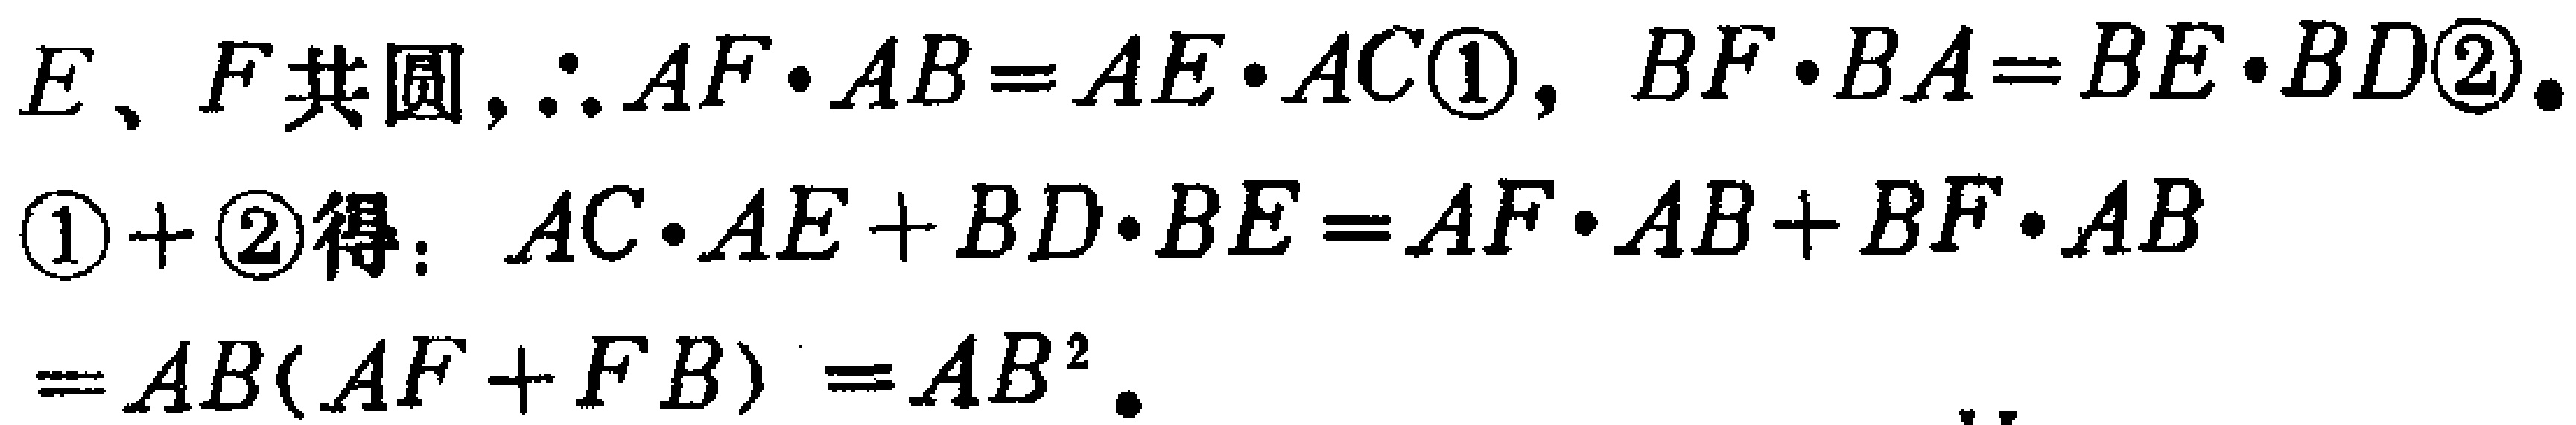
$E、F共圆,\therefore AF\cdot AB = AE\cdot AC\textcircled{1},\ BF\cdot BA = BE\cdot BD\textcircled{2}.$

$\textcircled{1}+\textcircled{2}得：AC\cdot AE + BD\cdot BE = AF\cdot AB + BF\cdot AB$

$= AB(AF + FB)=AB^{2}.$